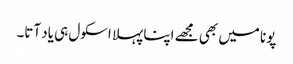
پونا میں بھی مجھے اپنا پہلا اسکول ہی یاد آتا۔